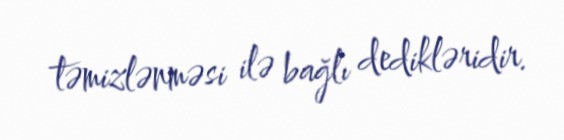
təmizlənməsi ilə bağlı dedikləridir.